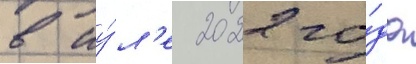
в иу́л'е 2022 го́да